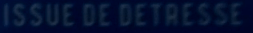
ISSUE DE DETRESSE